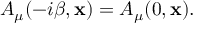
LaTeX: A _ { \mu } ( - i \beta , { \bf x } ) = A _ { \mu } ( 0 , { \bf x } ) .